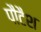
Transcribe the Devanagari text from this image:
पौटैश